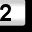
Digit: 2